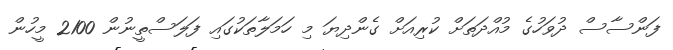
ފަންސާސް ދުވަހުގެ މުއްދަތަށް ކުރިއަށް ގެންދިޔަ މި ހަމަލާތަކުގައި ފަލަސްތީނުން 2100 މީހުން